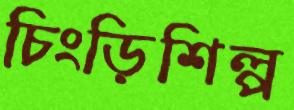
চিংড়িশিল্প